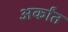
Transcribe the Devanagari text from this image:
अर्कांत